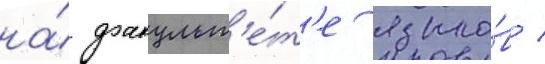
на́ факульт'е́т'е языко́в /